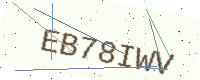
Text: EB78IWV